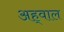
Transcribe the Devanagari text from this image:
अह्‌वाल